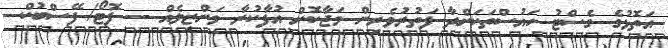
އަތޮޅުގެ ގެސްޓު ހައުސްތަކަށްދާ ފަތުރުވެރިން މަޖާކޮށް އުފާކުރާ މަންޒިލެއް -- ފޮޓޯ/ ފޭސްބުކް